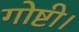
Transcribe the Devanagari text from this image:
गोष्टी।